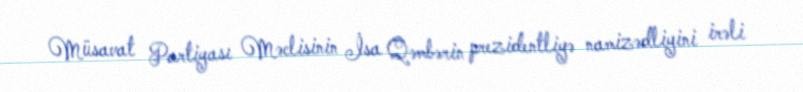
Müsavat Partiyası Məclisinin İsa Qəmbərin prezidentliyə namizədliyini irəli